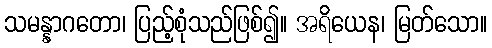
သမန္နာဂတော၊ ပြည့်စုံသည်ဖြစ်၍။ အရိယေန၊ မြတ်သော။